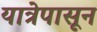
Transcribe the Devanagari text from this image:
यात्रेपासून